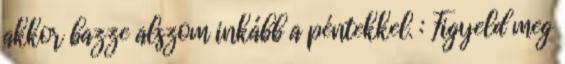
akkor bazze alszom inkább a péntekkel. : Figyeld meg